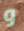
و